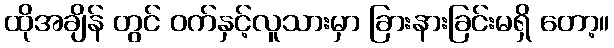
ထိုအချိန် တွင် ဝက်နှင့်လူသားမှာ ခြားနားခြင်းမရှိ တော့။